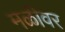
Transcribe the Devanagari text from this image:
मळीवर